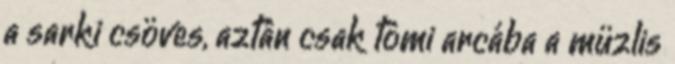
a sarki csöves, aztán csak tömi arcába a müzlis